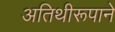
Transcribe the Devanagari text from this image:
अतिथीरूपाने